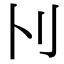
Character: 𠚩